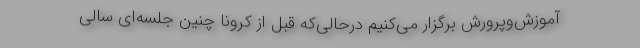
آموزش‌وپرورش برگزار می‌کنیم درحالی‌که قبل از کرونا چنین جلسه‌ای سالی